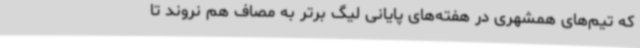
که تیم‌های همشهری در هفته‌های پایانی لیگ برتر به مصاف هم نروند تا